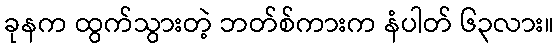
ခုနက ထွက်သွားတဲ့ ဘတ်စ်ကားက နံပါတ် ၆၃လား။